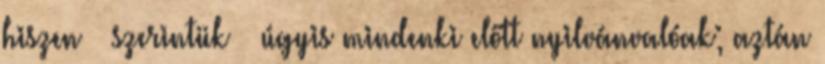
hiszen – szerintük – úgyis mindenki előtt nyilvánvalóak; aztán